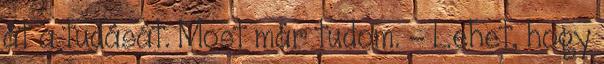
át a tudását. Most már tudom. - Lehet, hogy